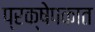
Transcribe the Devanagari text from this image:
प्रक्षेपकात